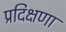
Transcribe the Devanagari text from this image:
प्रदिक्षणा